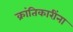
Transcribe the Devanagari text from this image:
क्रांतिकारींना